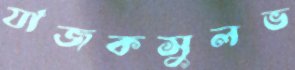
যাজকসুলভ